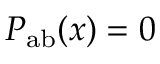
P _ { \mathrm { a b } } ( x ) = 0